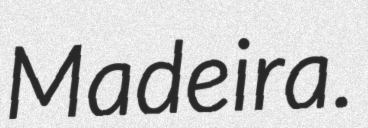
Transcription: Madeira.